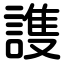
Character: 謢